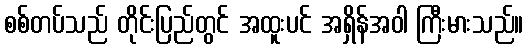
စစ်တပ်သည် တိုင်းပြည်တွင် အထူးပင် အရှိန်အဝါ ကြီးမားသည်။